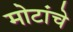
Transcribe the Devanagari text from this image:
मोटांचे